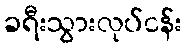
ခရီးသွားလုပ်ငန်း